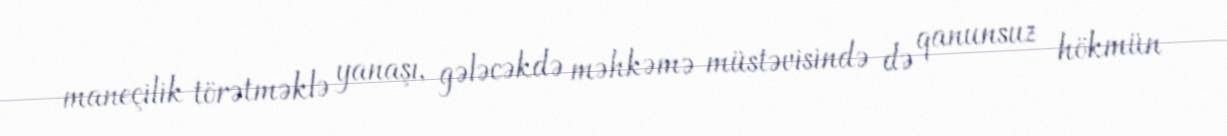
maneçilik törətməklə yanaşı, gələcəkdə məhkəmə müstəvisində də qanunsuz hökmün